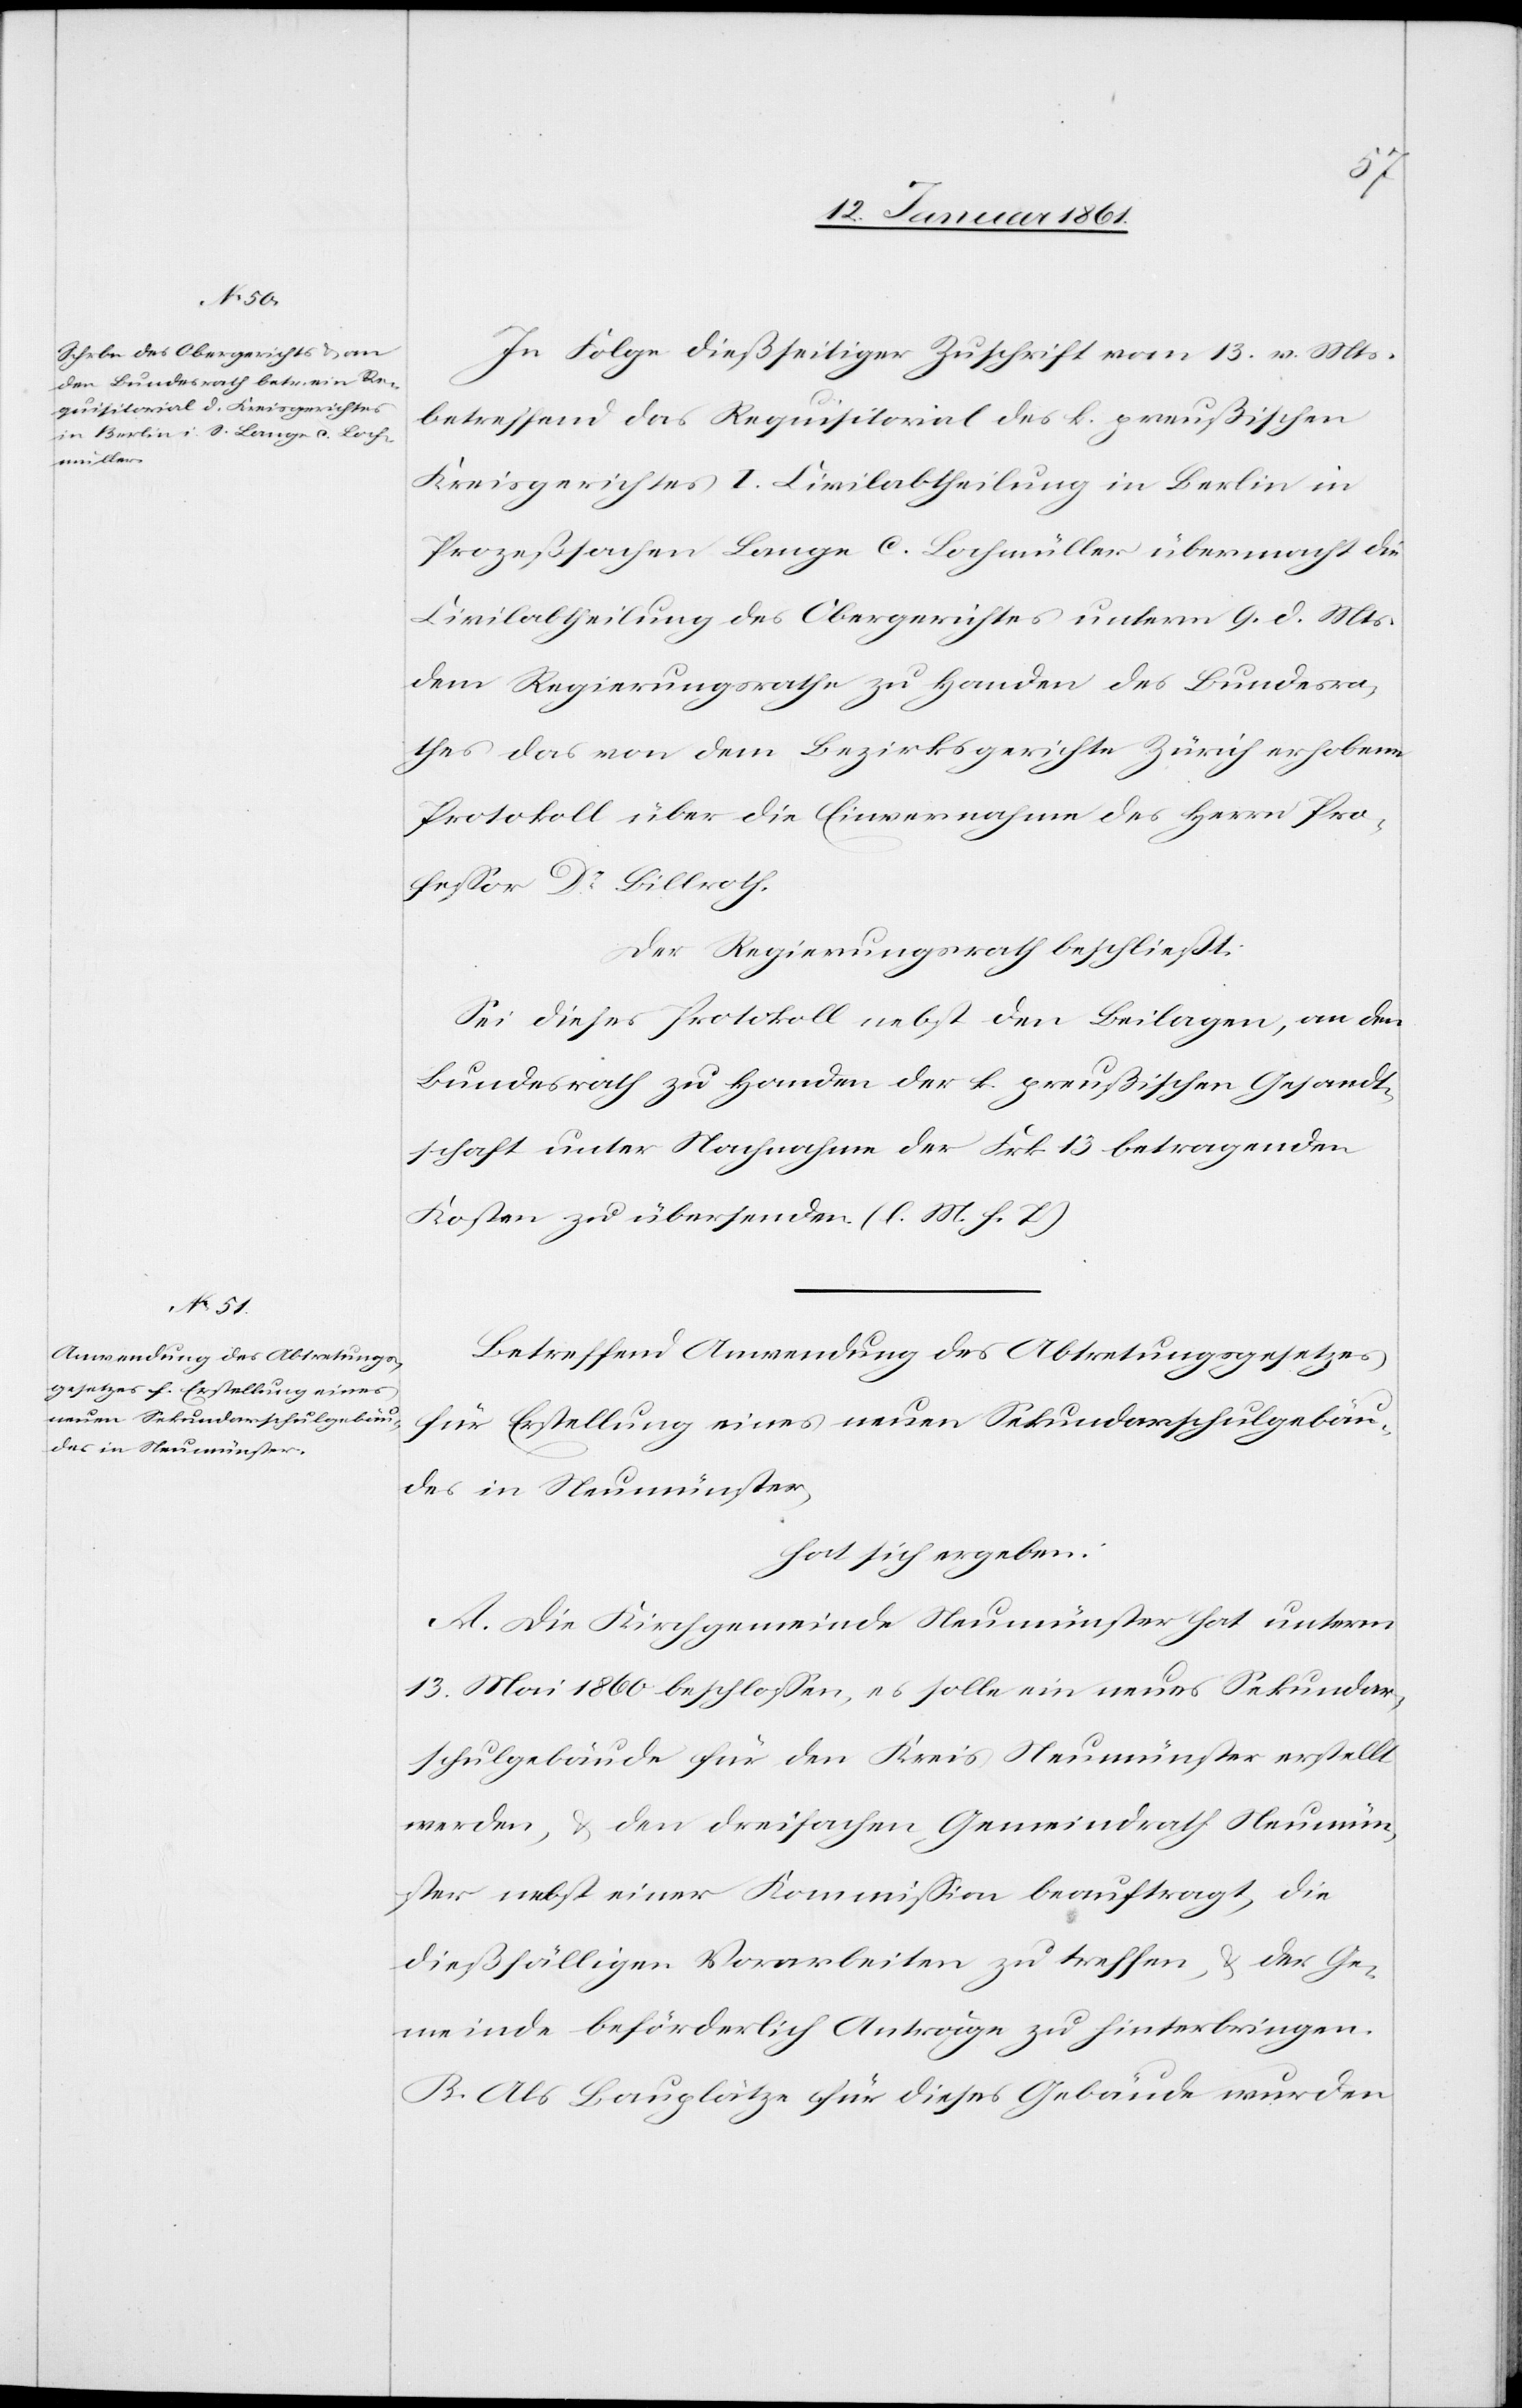
In Folge dießseitiger Zuschrift vom 13. v. Mts.
betreffend das Requisitorial des k. Preußischen
Kreisgerichtes I. Civilabtheilung in Berlin in
Prozeßsachen Lange c. Lochmüller übermacht die
Civilabtheilung des Obergerichtes unterm 9. d. Mts.
dem Regierungsrathe zu Handen des Bundesra¬
thes das von dem Bezirksgerichte Zürich erhobene
Protokoll über die Einvernahme des Herrn Pro¬
fessor Dr. Billroth.
Der Regierungsrath beschließt:
Sei dieses Protokoll nebst den Beilagen, an den
Bundesrath zu Handen der k. preußischen Gesandt¬
schaft unter Nachnahme der Frk. 13 betragenden
Kosten zu übersenden. (l. M. h. T.)
Betreffend Anwendung des Abtretungsgesetzes
für Erstellung eines neuen Sekundarschulgebäu¬
des in Neumünster,
hat sich ergeben:
A. Die Kirchgemeinde Neumünster hat unterm
13. Mai 1860 beschlossen, es solle ein neues Sekundar¬
schulgebäude für den Kreis Neumünster erstellt
werden, u. den dreifachen Gemeindrath Neumün¬
ster nebst einer Kommission beauftragt, die
dießfälligen Vorarbeiten zu treffen, u. der Ge¬
meinde beförderlich Anträge zu hinterbringen.
B. Als Bauplätze für dieses Gebäude wurden